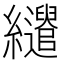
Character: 𦇶